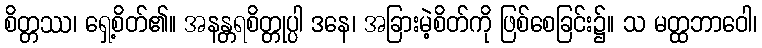
စိတ္တဿ၊ ရှေ့စိတ်၏။ အနန္တရစိတ္တုပ္ပါ ဒနေ၊ အခြားမဲ့စိတ်ကို ဖြစ်စေခြင်း၌။ သ မတ္ထဘာဝေါ၊